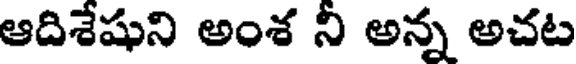
ఆదిశేషుని అంశ ని అన్న అచట